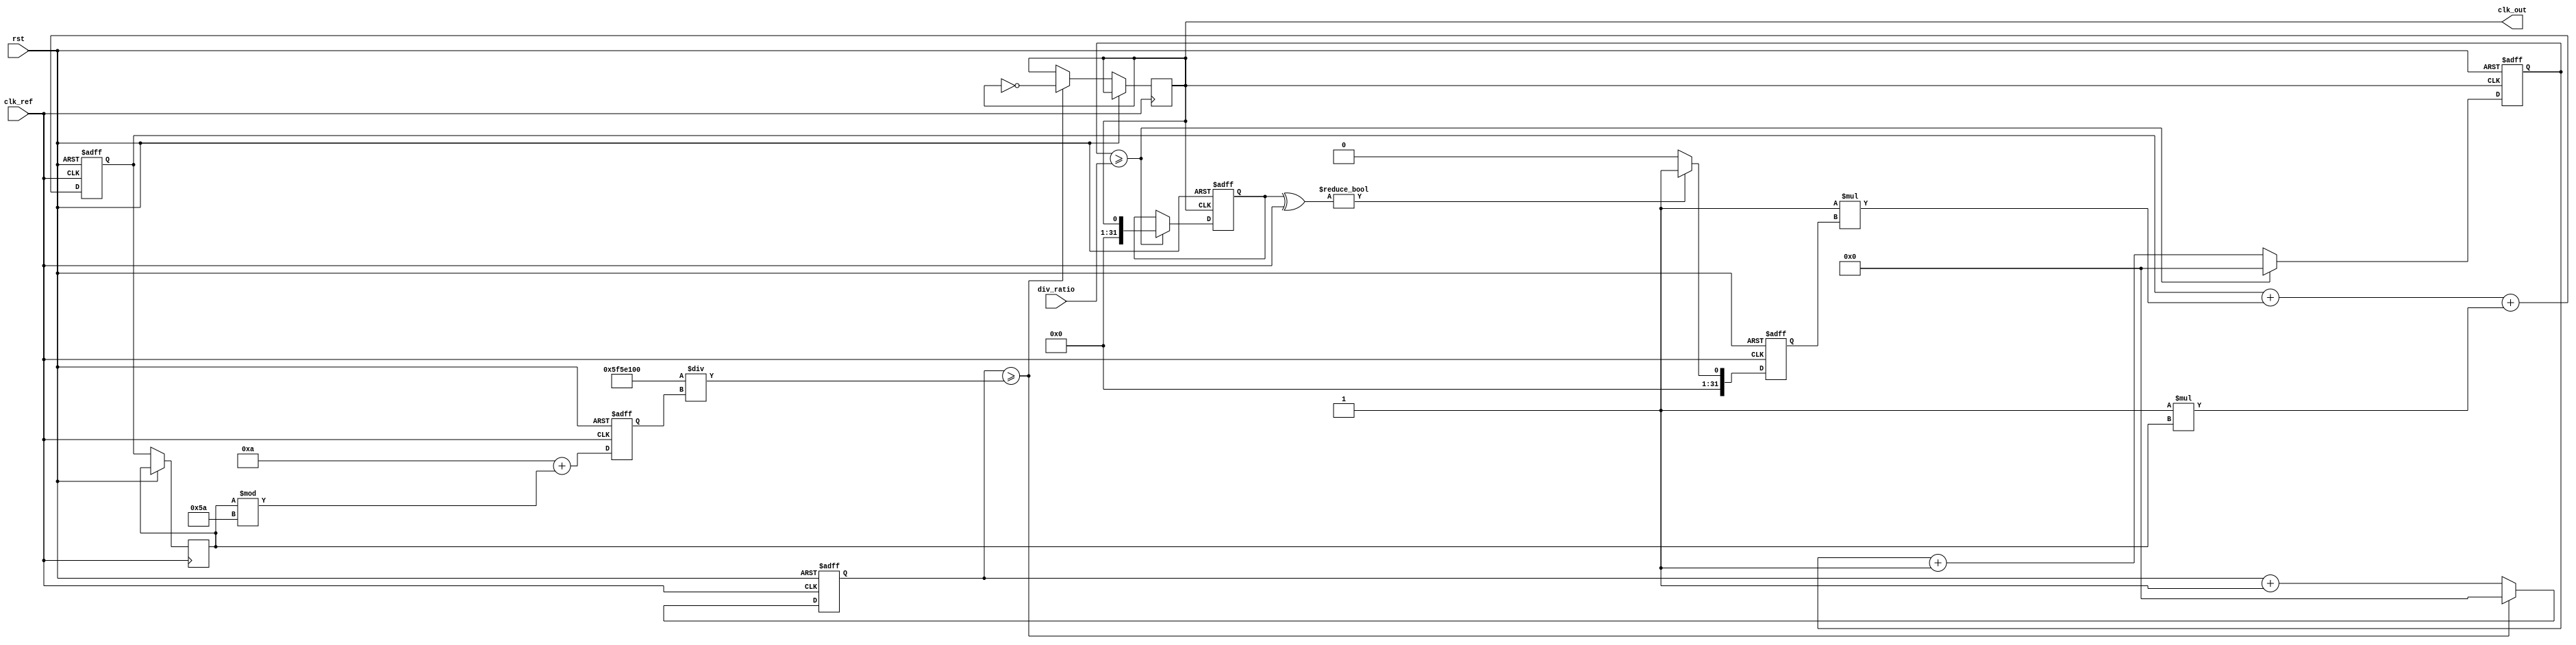
module type2_pll (
    input wire clk_ref,          // Reference clock input
    input wire rst,              // Reset signal
    input wire [N-1:0] div_ratio, // Division ratio for N-divider
    output reg clk_out           // Output clock
);
    parameter N = 4;             // Example division ratio
    parameter Kp = 1;            // Proportional gain for PD
    parameter Ki = 1;            // Integral gain for LF
    parameter VCO_MAX_FREQ = 100; // Max frequency of VCO
    parameter VCO_MIN_FREQ = 10;  // Min frequency of VCO

    reg [31:0] phase_error;      // Phase error signal
    reg [31:0] control_voltage;   // Control voltage for VCO
    reg [31:0] vco_output;        // VCO output frequency
    reg [31:0] feedback;          // Feedback from divider
    reg [31:0] loop_filter;       // Output of loop filter
    reg [31:0] vco_count;         // VCO counter for frequency generation
    reg [31:0] divider_count;     // Divider counter

    // Phase Detector (PD)
    always @(posedge clk_ref or posedge rst) begin
        if (rst) begin
            phase_error <= 0;
        end else begin
            // Simple phase detector logic (e.g., XOR)
            phase_error <= (feedback ^ clk_ref) ? 1 : 0; // Example phase error
        end
    end

    // Loop Filter (LF)
    always @(posedge clk_ref or posedge rst) begin
        if (rst) begin
            loop_filter <= 0;
        end else begin
            // Simple integrator for loop filter
            loop_filter <= loop_filter + (Kp * phase_error) + (Ki * control_voltage);
            control_voltage <= loop_filter; // Update control voltage
        end
    end

    // Voltage-Controlled Oscillator (VCO)
    always @(posedge clk_ref or posedge rst) begin
        if (rst) begin
            vco_output <= VCO_MIN_FREQ;
            vco_count <= 0;
        end else begin
            // Adjust VCO output based on control voltage
            vco_output <= VCO_MIN_FREQ + (control_voltage % (VCO_MAX_FREQ - VCO_MIN_FREQ));
            // Generate VCO clock based on vco_output
            if (vco_count >= (100000000 / vco_output)) begin // Assuming 100MHz reference clock
                clk_out <= ~clk_out; // Toggle output clock
                vco_count <= 0;
            end else begin
                vco_count <= vco_count + 1;
            end
        end
    end

    // N-divider
    always @(posedge clk_out or posedge rst) begin
        if (rst) begin
            feedback <= 0;
            divider_count <= 0;
        end else begin
            if (divider_count >= div_ratio) begin
                feedback <= clk_out; // Feedback signal
                divider_count <= 0;
            end else begin
                divider_count <= divider_count + 1;
            end
        end
    end

endmodule